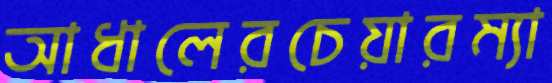
আধালেরচেয়ারম্যা